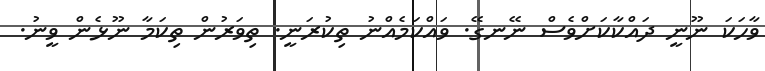
ވާހަކަ ނޫނީ ދައްކާކަށްވެސް ނޭނގޭ. ވައްކަމެއްނު ތިކުރަނީ. ތިވަރުން ތިކަމާ ނޫޅެން ވީނު.